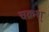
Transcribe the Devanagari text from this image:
चक्रश्